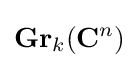
\mathbf {Gr} _{k}(\mathbf {C} ^{n})